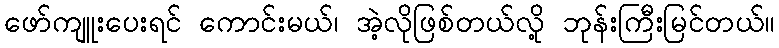
ဖော်ကျူးပေးရင် ကောင်းမယ်၊ အဲ့လိုဖြစ်တယ်လို့ ဘုန်းကြီးမြင်တယ်။